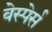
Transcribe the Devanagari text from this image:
वेस्पेर्स